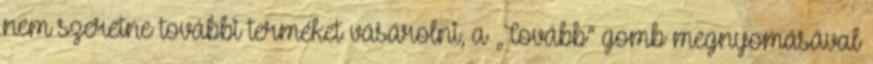
nem szeretne további terméket vásárolni, a „Tovább” gomb megnyomásával